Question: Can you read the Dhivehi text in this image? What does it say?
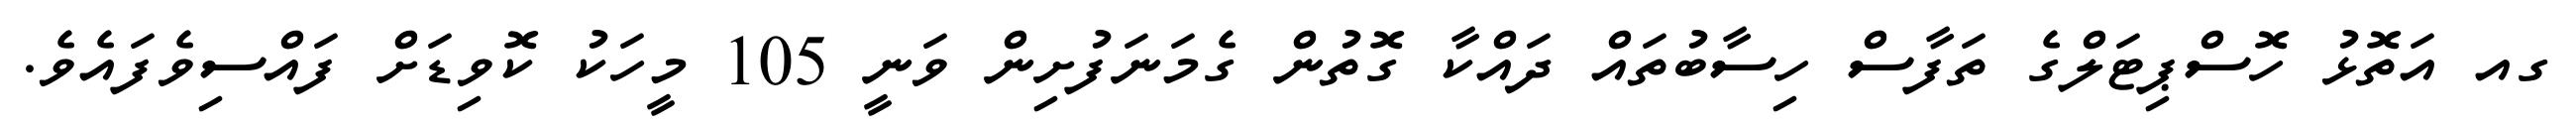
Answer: ގއ އަތޮޅު ހޮސްޕިޓަލްގެ ތަފާސް ހިސާބުތައް ދައްކާ ގޮތުން ގެމަނަފުށިން ވަނީ 105 މީހަކު ކޮވިޑަށް ފައްސިވެފައެވެ.